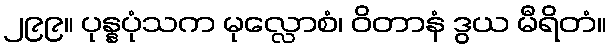
၂၉၉။ ပုန္နပုံသက မုလ္လောစံ၊ ဝိတာနံ ဒွယ မီရိတံ။